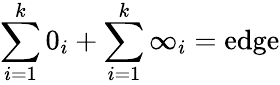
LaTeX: \sum_{i=1}^{k}0_{i}+\sum_{i=1}^{k}\infty_{i}=\mathrm{edge}